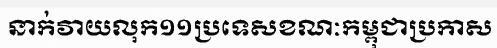
នាក់វាយលុក១១ប្រទេសខណៈកម្ពុជាប្រកាស